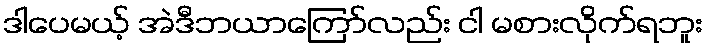
ဒါပေမယ့် အဲဒီဘယာကြော်လည်း ငါ မစားလိုက်ရဘူး